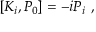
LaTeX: [ K _ { i } , P _ { 0 } ] = - i P _ { i } ~ ,